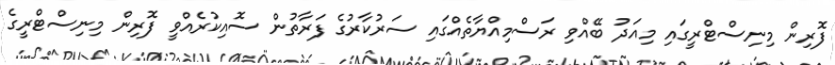
ފޮރިން މިނިސްޓްރީގައި މިއަދު ބޭއްވި ރަސްމިއްޔާތެއްގައި ސަރުކާރުގެ ފަރާތުން ސޮއިކުރެއްވީ ފޮރިން މިނިސްޓްރީގެ